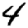
Digit: 4